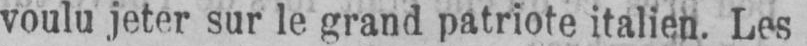
voulu jeter sur le grand patriote italien. Les